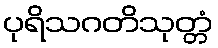
ပုရိသဂတိသုတ္တံ